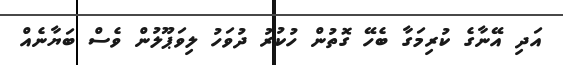
އަދި އޭނާގެ ކުރިމަގާ ބެހޭ ގޮތުން ހުކުރު ދުވަހު ލިވަޕޫލުން ވެސް ބަޔާނެއް